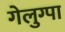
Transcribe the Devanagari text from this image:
गेलुग्पा